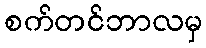
စက်တင်ဘာလမှ